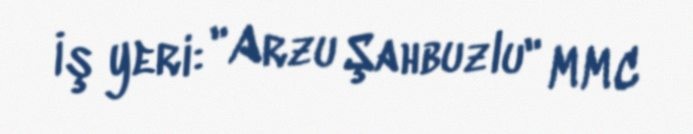
İş yeri: "Arzu Şahbuzlu" MMC